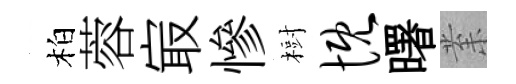
柏蓉㝡慘𣗳慨曙𭪙